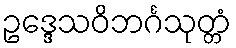
ဥဒ္ဒေသဝိဘင်္ဂသုတ္တံ